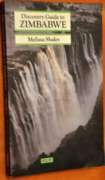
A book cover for Discovery Guide to Zimbabwe; Melissa Shales; Travel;